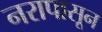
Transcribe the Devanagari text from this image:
नरापासून